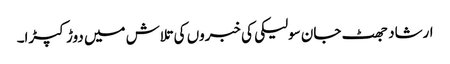
ارشاد جھٹ جان سولیکی کی خبروں کی تلاش میں دوڑ کپڑا۔